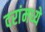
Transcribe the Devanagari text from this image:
दरांमध्ये